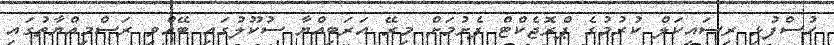
ހުސްފުޅި ރިސައިކަލް ކުރުމުގެ ޕްރޮޖެކްޓް ފެށުމަށް މިރޭ އަރަބިއްޔާ ސުކޫލުގައި ބޭއްވި ރަސްމިއްޔާތުގައި